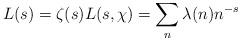
LaTeX: \begin{align*} L(s)=\zeta(s)L(s,\chi)=\sum_n \lambda(n)n^{-s}\end{align*}